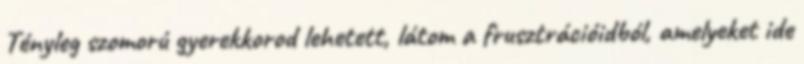
Tényleg szomorú gyerekkorod lehetett, látom a frusztrációidból, amelyeket ide